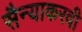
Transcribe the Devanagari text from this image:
सैन्याकरवी